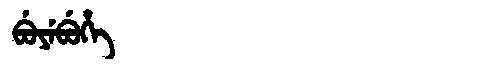
Manchu: ᠪᡠᠶᡝᠪᡠᡥᡝ
Romanization: BUYEBUHE